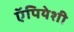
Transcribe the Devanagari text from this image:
ऍपियेशी